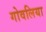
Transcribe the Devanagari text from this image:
गोवलिया